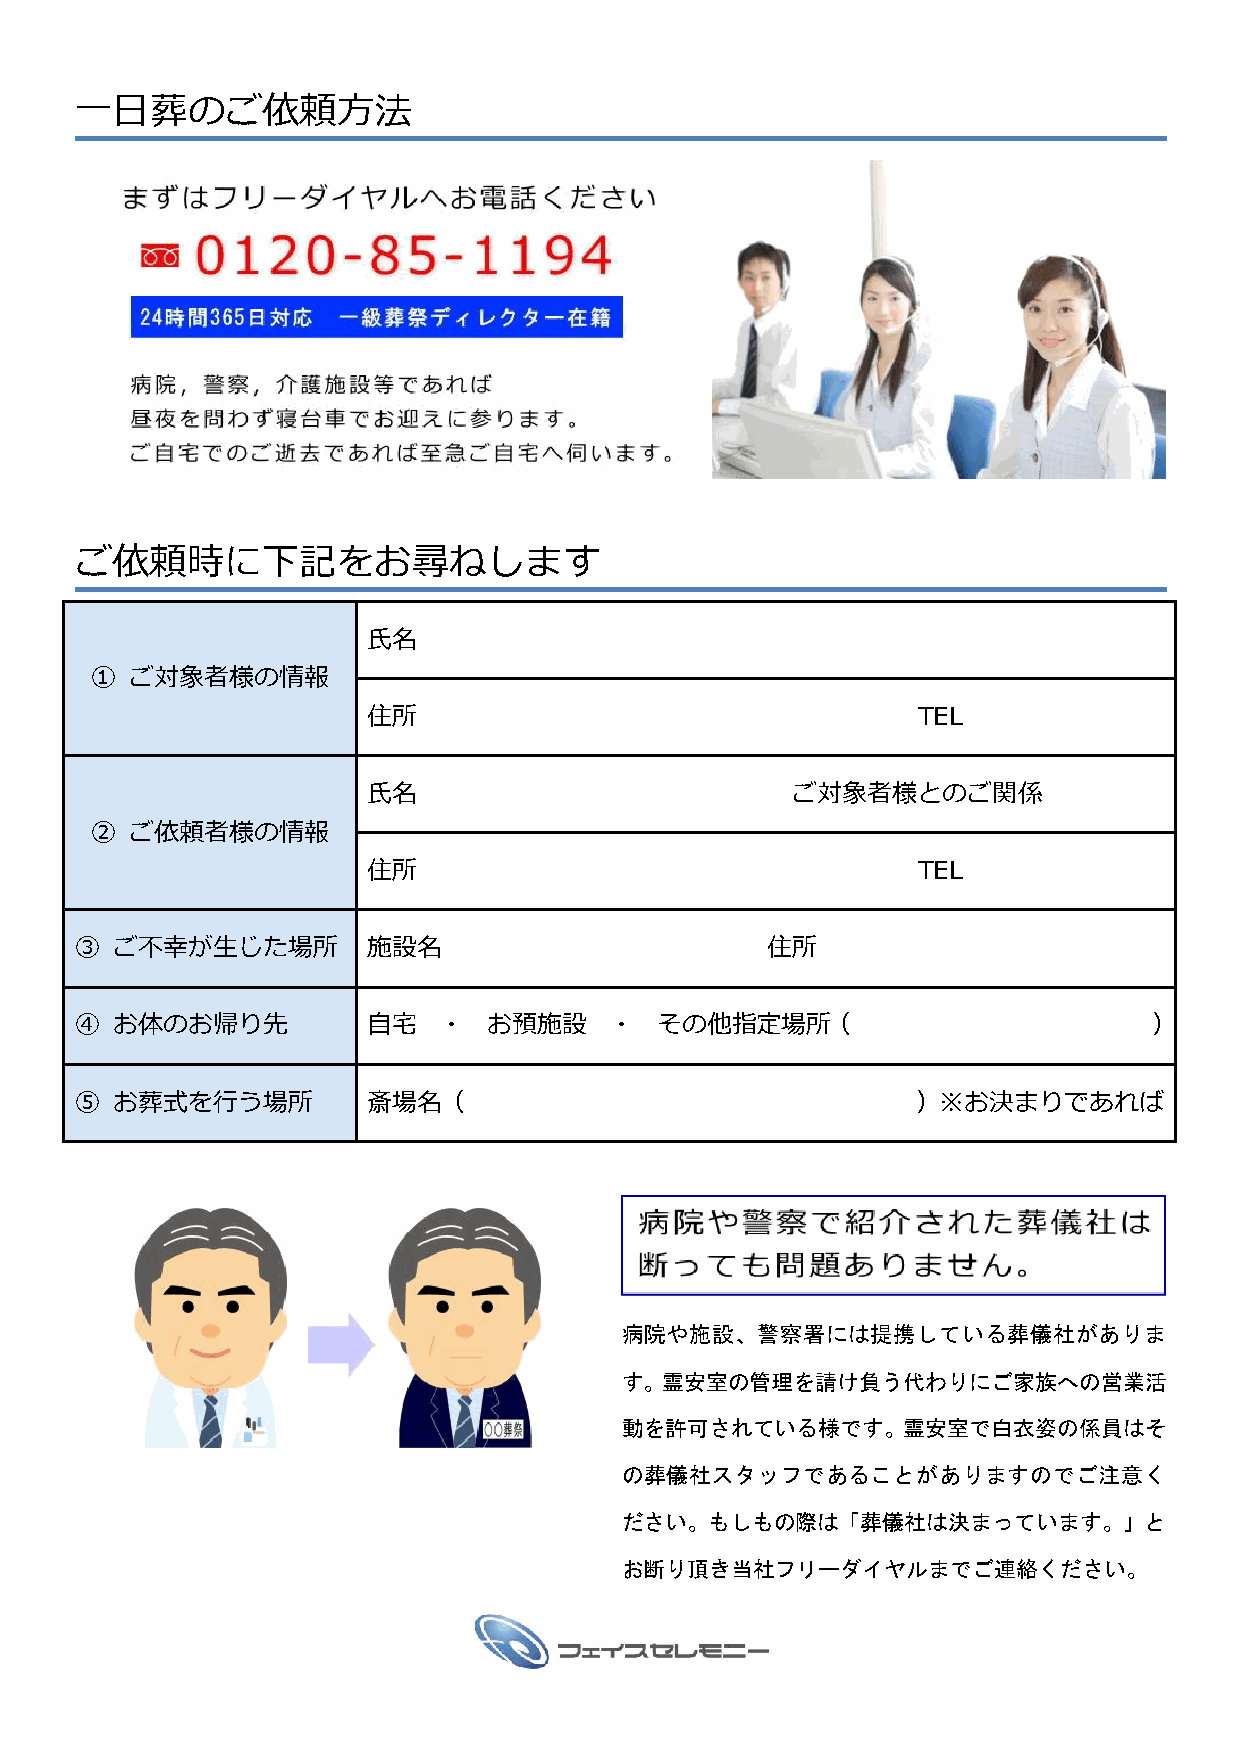
一日葬のご依頼方法
 ご依頼時に下記をお尋ねします
 氏名
 ①  ご対象者様の情報
 住所                                   TEL
 氏名                          ご対象者様とのご関係
 ②  ご依頼者様の情報
 住所                                   TEL
 ③ ご不幸が生じた場所        施設名                        住所
 ④ お体のお帰り先          自宅   ・  お預施設    ・  その他指定場所（                         ）
 ⑤ お葬式を行う場所         斎場名（                                 ）※お決まりであれば
 病院や施設、警察署には提携している葬儀社がありま
 す。霊安室の管理を請け負う代わりにご家族への営業活
 動を許可されている様です。霊安室で白衣姿の係員はそ
 の葬儀社スタッフであることがありますのでご注意く
 ださい。もしもの際は「葬儀社は決まっています。」と
 お断り頂き当社フリーダイヤルまでご連絡ください。